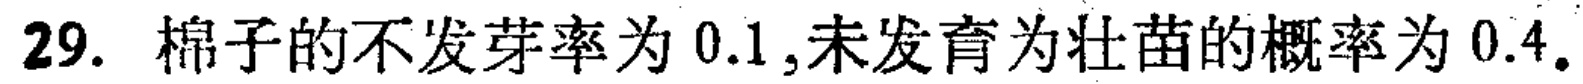
29. 棉子的不发芽率为 \(0.1\),未发育为壮苗的概率为 \(0.4\)。